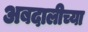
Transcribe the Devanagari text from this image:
अबदालीच्या